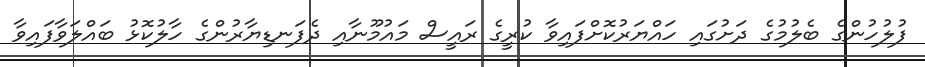
ފުލުހުންގެ ބެލުމުގެ ދަށުގައި ހައްޔަރުކޮށްފައިވާ ކުރީގެ ރައީސް މައުމޫނާއި ދެފަނޑިޔާރުންގެ ހާލުކޮޅު ބައްލަވާފައިވާ